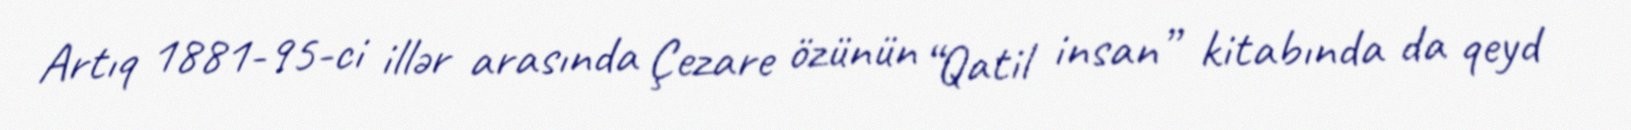
Artıq 1881-95-ci illər arasında Çezare özünün “Qatil insan” kitabında da qeyd